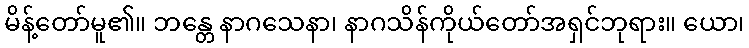
မိန့်တော်မူ၏။ ဘန္တေ နာဂသေနာ၊ နာဂသိန်ကိုယ်တော်အရှင်ဘုရား။ ယော၊